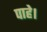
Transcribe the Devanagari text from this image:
पाहे।